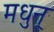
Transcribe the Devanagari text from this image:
मधुन्